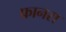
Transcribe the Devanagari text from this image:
फ्रानस